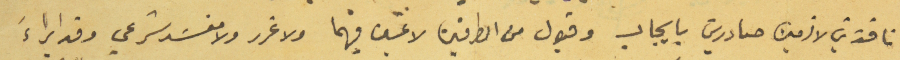
نافذين لازمين صادرين بايجاب وقبول من الطرفين لا غبن فيهما ولا غرر ولا مفسَد شرعي وقد ابراءَ